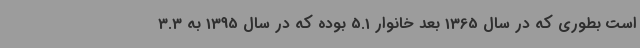
است بطوری که در سال 1365 بعد خانوار 5.1 بوده که در سال 1395 به 3.3